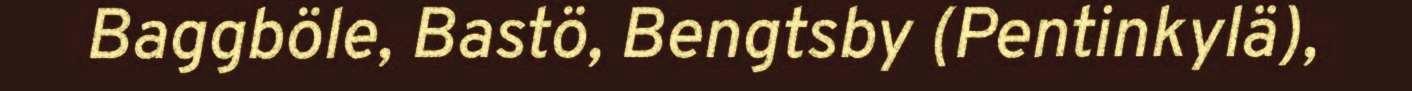
Baggböle, Bastö, Bengtsby (Pentinkylä),